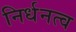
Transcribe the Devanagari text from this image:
निर्धनत्व